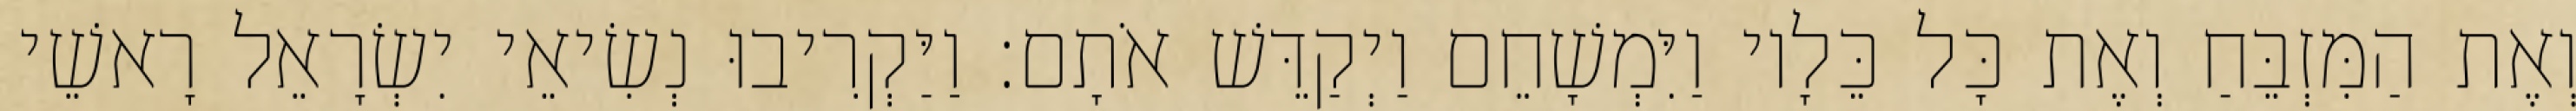
וְאֶת הַמִּזְבֵּחַ וְאֶת כָּל כֵּלָיו וַיִּמְשָׁחֵם וַיְקַדֵּשׁ אֹתָם׃ וַיַּקְרִיבוּ נְשִׂיאֵי יִשְׂרָאֵל רָאשֵׁי